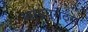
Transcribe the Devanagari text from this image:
मासाचूसेट्स